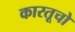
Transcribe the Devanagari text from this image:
कारतूचो